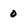
Character: 0